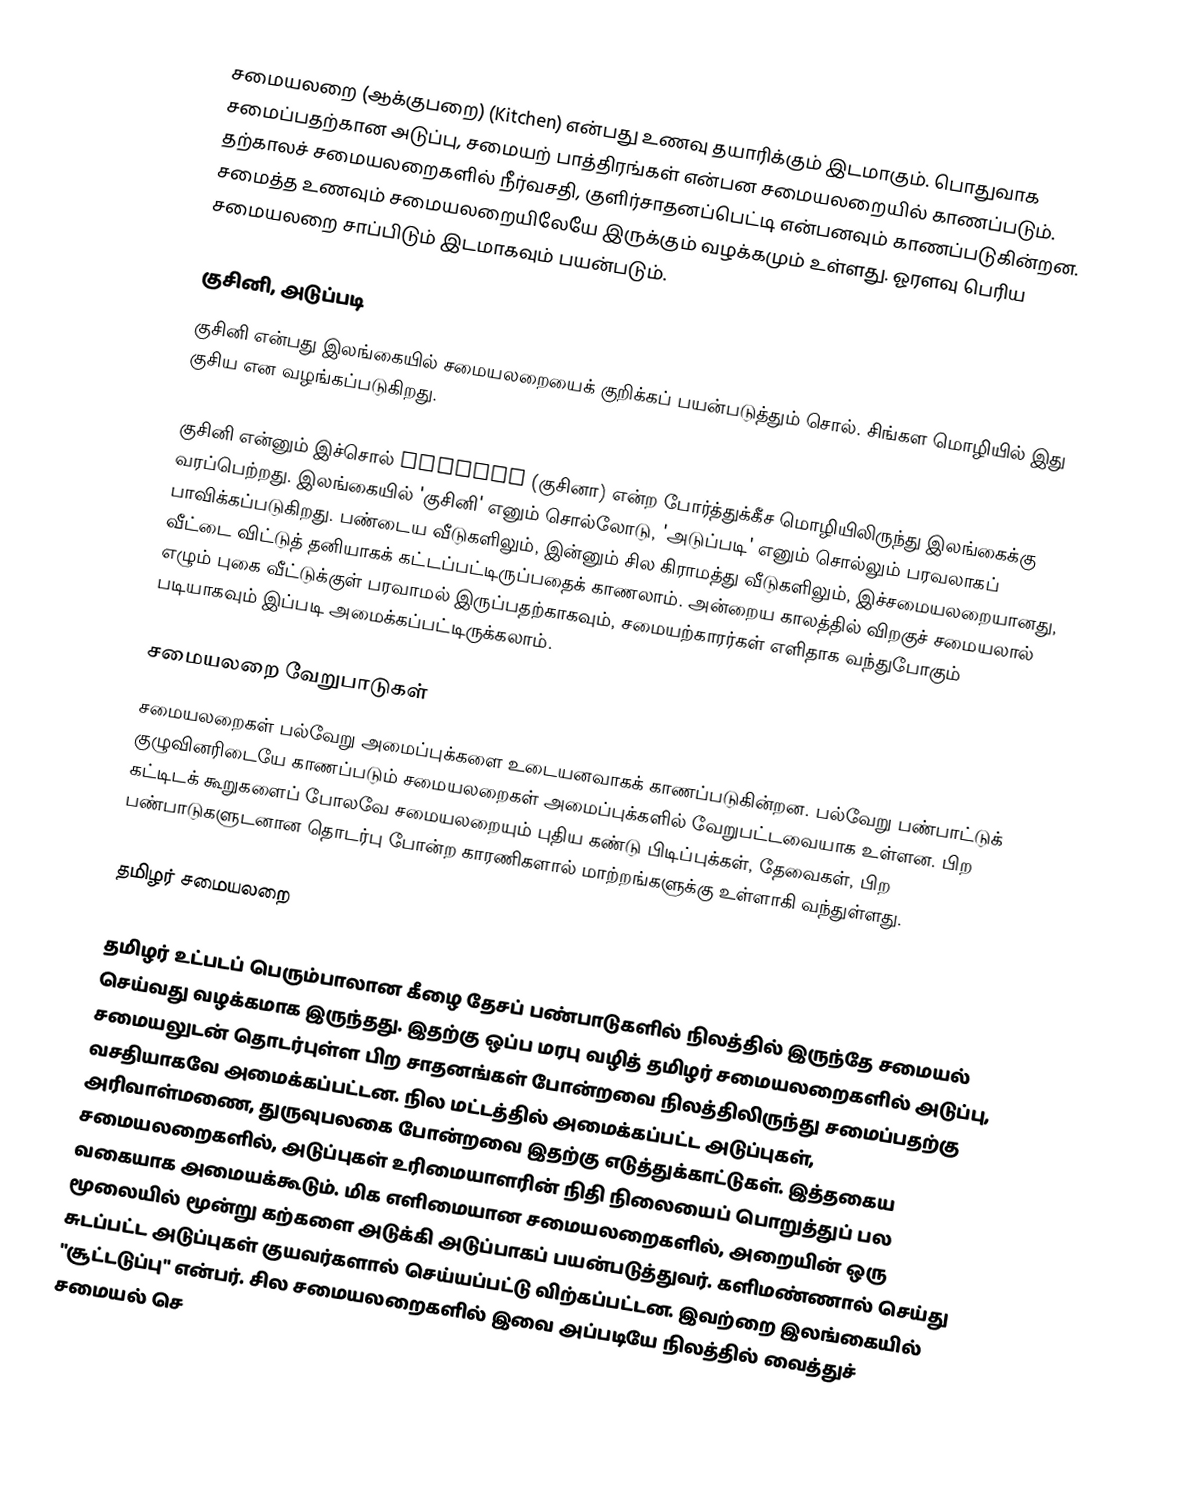
சமையலறை (ஆக்குபறை) (Kitchen) என்பது உணவு தயாரிக்கும் இடமாகும். பொதுவாக சமைப்பதற்கான அடுப்பு, சமையற் பாத்திரங்கள் என்பன சமையலறையில் காணப்படும். தற்காலச் சமையலறைகளில் நீர்வசதி, குளிர்சாதனப்பெட்டி என்பனவும் காணப்படுகின்றன. சமைத்த உணவும் சமையலறையிலேயே இருக்கும் வழக்கமும் உள்ளது. ஓரளவு பெரிய சமையலறை சாப்பிடும் இடமாகவும் பயன்படும்.

குசினி, அடுப்படி
குசினி என்பது இலங்கையில் சமையலறையைக் குறிக்கப் பயன்படுத்தும் சொல். சிங்கள மொழியில் இது குசிய என வழங்கப்படுகிறது.

குசினி என்னும் இச்சொல் Cozinha (குசினா) என்ற போர்த்துக்கீச மொழியிலிருந்து இலங்கைக்கு வரப்பெற்றது. இலங்கையில் 'குசினி' எனும் சொல்லோடு, 'அடுப்படி' எனும் சொல்லும் பரவலாகப் பாவிக்கப்படுகிறது. பண்டைய வீடுகளிலும், இன்னும் சில கிராமத்து வீடுகளிலும், இச்சமையலறையானது, வீட்டை விட்டுத் தனியாகக் கட்டப்பட்டிருப்பதைக் காணலாம். அன்றைய காலத்தில் விறகுச் சமையலால் எழும் புகை வீட்டுக்குள் பரவாமல் இருப்பதற்காகவும், சமையற்காரர்கள் எளிதாக வந்துபோகும் படியாகவும் இப்படி அமைக்கப்பட்டிருக்கலாம்.

சமையலறை வேறுபாடுகள்
சமையலறைகள் பல்வேறு அமைப்புக்களை உடையனவாகக் காணப்படுகின்றன. பல்வேறு பண்பாட்டுக் குழுவினரிடையே காணப்படும் சமையலறைகள் அமைப்புக்களில் வேறுபட்டவையாக உள்ளன. பிற கட்டிடக் கூறுகளைப் போலவே சமையலறையும் புதிய கண்டு பிடிப்புக்கள், தேவைகள், பிற பண்பாடுகளுடனான தொடர்பு போன்ற காரணிகளால் மாற்றங்களுக்கு உள்ளாகி வந்துள்ளது.

தமிழர் சமையலறை

தமிழர் உட்படப் பெரும்பாலான கீழை தேசப் பண்பாடுகளில் நிலத்தில் இருந்தே சமையல் செய்வது வழக்கமாக இருந்தது. இதற்கு ஒப்ப மரபு வழித் தமிழர் சமையலறைகளில் அடுப்பு, சமையலுடன் தொடர்புள்ள பிற சாதனங்கள் போன்றவை நிலத்திலிருந்து சமைப்பதற்கு வசதியாகவே அமைக்கப்பட்டன. நில மட்டத்தில் அமைக்கப்பட்ட அடுப்புகள், அரிவாள்மணை, துருவுபலகை போன்றவை இதற்கு எடுத்துக்காட்டுகள். இத்தகைய சமையலறைகளில், அடுப்புகள் உரிமையாளரின் நிதி நிலையைப் பொறுத்துப் பல வகையாக அமையக்கூடும். மிக எளிமையான சமையலறைகளில், அறையின் ஒரு மூலையில் மூன்று கற்களை அடுக்கி அடுப்பாகப் பயன்படுத்துவர். களிமண்ணால் செய்து சுடப்பட்ட அடுப்புகள் குயவர்களால் செய்யப்பட்டு விற்கப்பட்டன. இவற்றை இலங்கையில் "சூட்டடுப்பு" என்பர். சில சமையலறைகளில் இவை அப்படியே நிலத்தில் வைத்துச் சமையல் செ